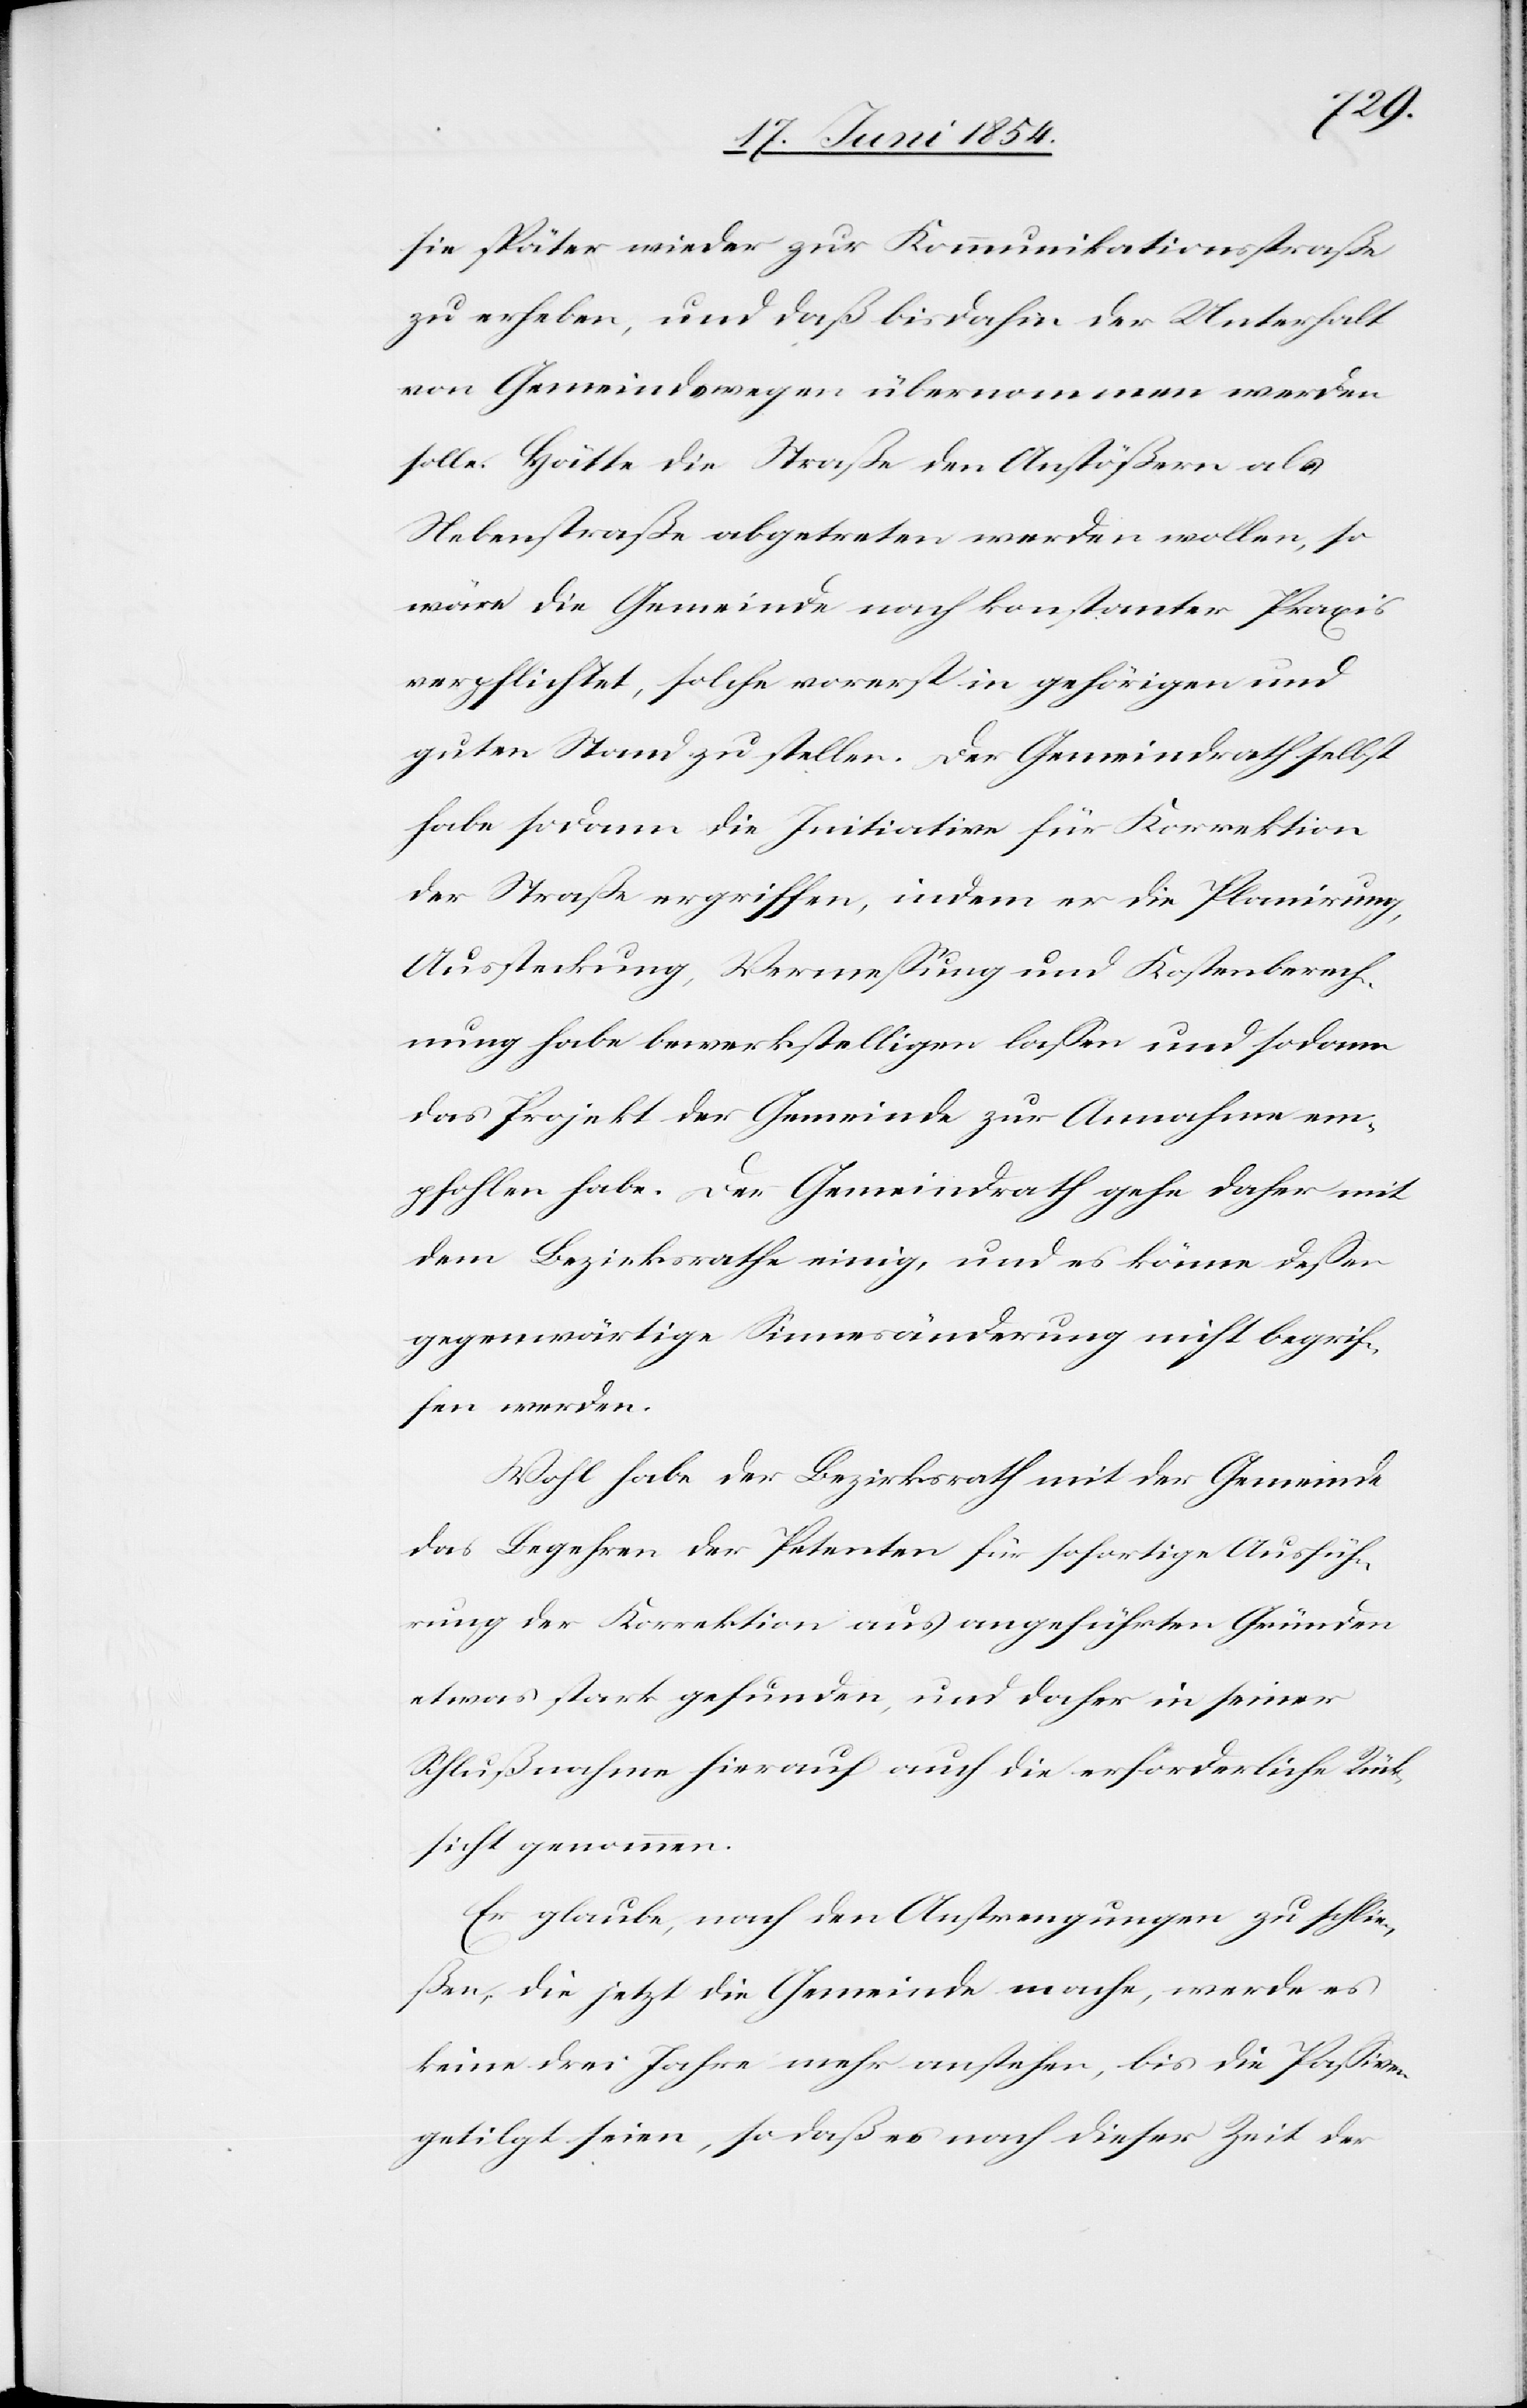
sie später wieder zur Kommunikationsstraße
zu erheben, und daß bis dahin der Unterhalt
von Gemeindswegen übernommen werden
solle. hätte die Straße den Anstößern als
Nebenstraße abgetreten werden wollen, so
wäre die Gemeinde nach konstanter Praxis
verpflichtet, solche vorerst in gehörigen und
guten Stand zu stellen. Der Gemeindrath selbst
habe sodann die Initiative für Korrektion
der Straße ergriffen, indem er die Planirung,
Aussteckung, Vermeßung und Kostenberech¬
nung habe bewerkstelligen laßen und sodann
das Projekt der Gemeinde zur Annahme em¬
pfohlen habe. Der Gemeindrath gehe daher mit
dem Bezirksrathe einige, und es könne deßen
gegenwärtige Sinnesänderung nicht begrif¬
fen werden.
Wohl habe der Bezirksrath mit der Gemeinde
das Begehren der Petenten für sofortige Ausfüh¬
rung der Korrektion aus angeführten Gründen
etwas stark gefunden, und daher in seiner
Schlußnahme hierauf auch die erforderliche Rück¬
sicht genommen.
Er glaube, nach den Anstrengungen zu schlie¬
ßen, die jetzt die Gemeinde mache, werde es
keine drei Jahre mehr anstehen, bis die Paßiven
getilgt seien, so daß es nach dieser Zeit der